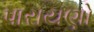
પારાયણો